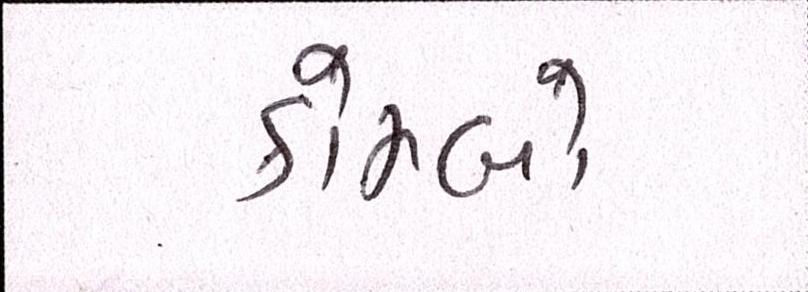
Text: કોમ્બો